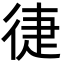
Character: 徢